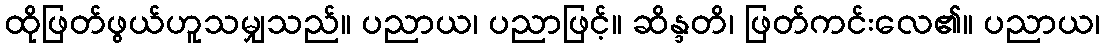
ထိုဖြတ်ဖွယ်ဟူသမျှသည်။ ပညာယ၊ ပညာဖြင့်။ ဆိန္ဒတိ၊ ဖြတ်ကင်းလေ၏။ ပညာယ၊